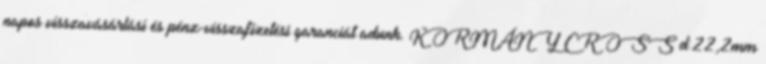
napos visszavásárlási és pénz-visszafizetési garanciát adunk. KORMÁNY CROSS d:22,2mm